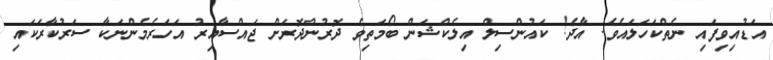
އަޑުއިވިފައި ނެތްކަހަލައެވެ. އާދެ! ކައުންސިލް އިލެކްޝަން ބޯމަތިވެ ދޮރުންދޮރަށް ޖައްސާއިރު އަހަރެމެންނަކާ ސަރުކާރަކައި